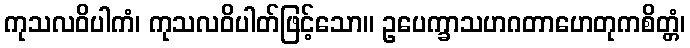
ကုသလဝိပါကံ၊ ကုသလဝိပါတ်ဖြင့်သော။ ဥပေက္ခာသဟဂတာဟေတုကစိတ္တံ၊